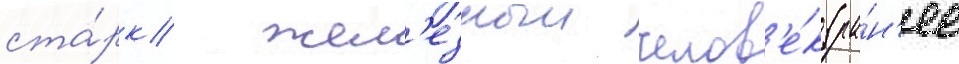
ста́рк/ жел'езныи челов'е́к (ра́н'ее